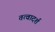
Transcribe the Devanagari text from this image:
तत्वादर्श